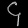
Digit: ၄